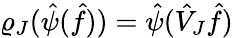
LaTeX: \varrho_{J}(\hat{\psi}(\hat{f}))=\hat{\psi}(\hat{V}_{J}\hat{f})